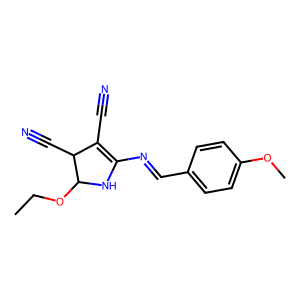
SMILES: CCOC1NC(N=Cc2ccc(OC)cc2)=C(C#N)C1C#N
Inhibits HIV replication: No